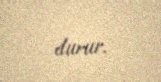
durur.